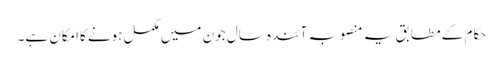
حکام کے مطابق یہ منصوبہ آئندہ سال جون میں مکمل ہونے کاامکان ہے۔